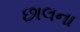
છાલના